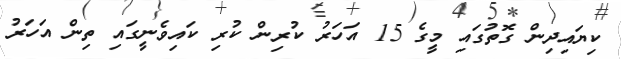
ކިޔައިދިން ގޮތުގައި މީގެ 15 އަހަރު ކުރިން ކުރި ކައިވެނީގައި ތިން އަހަރު